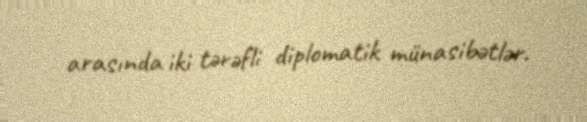
arasında iki tərəfli diplomatik münasibətlər.